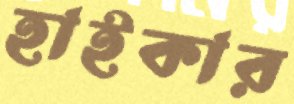
হাইকার